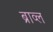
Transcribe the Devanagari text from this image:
ब्राव्ल